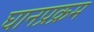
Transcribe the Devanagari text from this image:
घानप्रक्रम